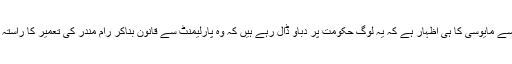
عدالتی عمل سے مایوسی کا ہی اظہار ہے کہ یہ لوگ حکومت پر دباؤ ڈال رہے ہیں کہ وہ پارلیمنٹ سے قانون بناکر رام مندر کی تعمیر کا راستہ ہموار کرے۔